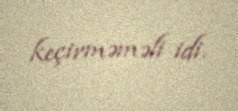
keçirməməli idi.